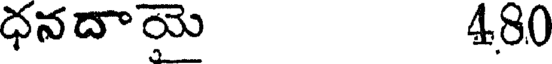
ధనదాయై 480